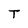
Character: T